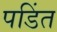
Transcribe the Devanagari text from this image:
पडिंत